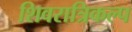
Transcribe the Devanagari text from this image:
शिवरात्रिकल्प